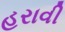
હરાવી